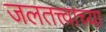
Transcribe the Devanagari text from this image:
जलतत्त्वाच्या